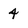
Character: 4